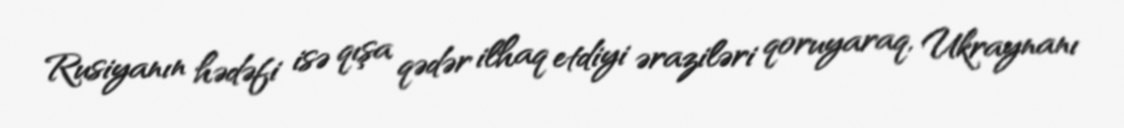
Rusiyanın hədəfi isə qışa qədər ilhaq etdiyi əraziləri qoruyaraq, Ukraynanı